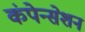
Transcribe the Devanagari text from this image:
कंपेन्सेशन